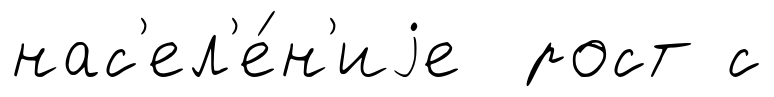
нас'ел'е́н'иjе рост с